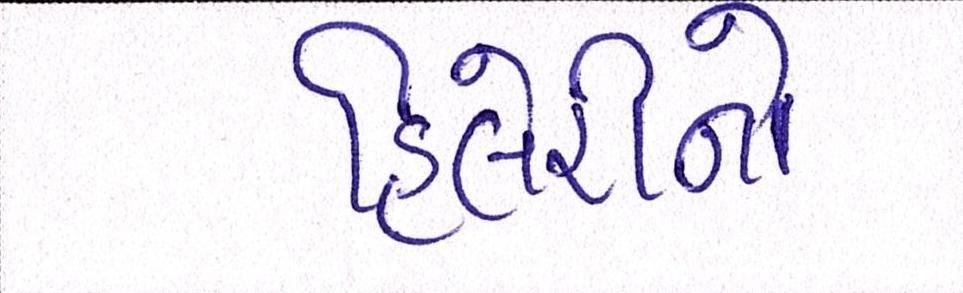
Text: હિલેરીનો